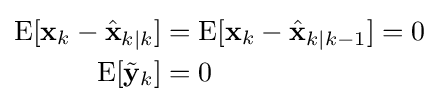
{\begin{aligned}\operatorname {E} [\mathbf {x} _{k}-{\hat {\mathbf {x} }}_{k\mid k}]&=\operatorname {E} [\mathbf {x} _{k}-{\hat {\mathbf {x} }}_{k\mid k-1}]=0\\\operatorname {E} [{\tilde {\mathbf {y} }}_{k}]&=0\end{aligned}}